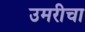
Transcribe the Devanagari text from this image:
उमरीचा